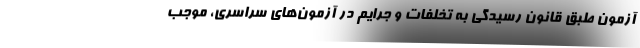
آزمون طبق قانون رسیدگی به تخلفات و جرایم در آزمون‌های سراسری، موجب